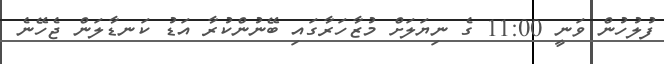
ފުލުހުން ވަނީ 11:00 ގެ ނިޔަލަށް މުޒާހަރާގައި ބޭނުންކުރާ އަޑު ކަނޑާލަން ޖެހޭނެ